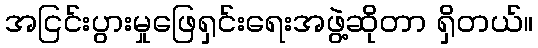
အငြင်းပွားမှုဖြေရှင်းရေးအဖွဲ့ဆိုတာ ရှိတယ်။